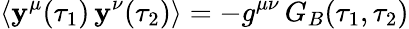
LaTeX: \langle\mathbf{y}^{\mu}(\tau_{1})\, \mathbf{y}^{\nu}(\tau_{2})\rangle=-g^{\mu\nu}\, G_{B}(\tau_{1},\tau_{2})